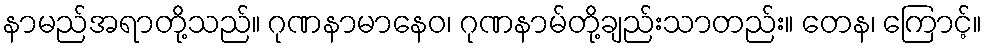
နာမည်အရာတို့သည်။ ဂုဏနာမာနေဝ၊ ဂုဏနာမ်တို့ချည်းသာတည်း။ တေန၊ ကြောင့်။